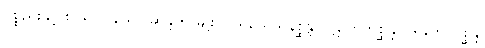
ပစ္စည်းနှင့် စပ်၍ ပြသော ဆန္ဒ ၅-မျိုး၊ (ပရိယေသနစ္ဆန္ဒ၊ ပဋိလာဘစ္ဆန္ဒ၊ ပရိဘောဂစ္ဆန္ဒ၊